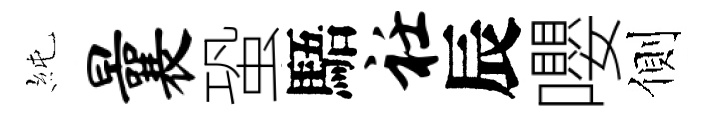
純曩蛩䮏衽辰嚶側